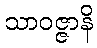
သာဝဇ္ဇာနိ